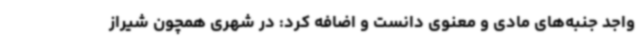
واجد جنبه‌های مادی و معنوی دانست و اضافه کرد: در شهری همچون شیراز